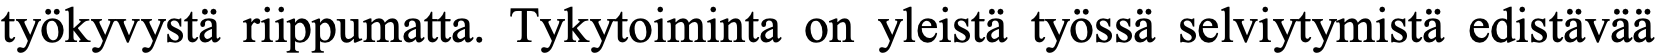
työkyvystä riippumatta. Tykytoiminta on yleistä työssä selviytymistä edistävää